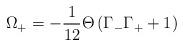
LaTeX: \begin{align*}\Omega_{+} = - {1 \over 12} \Theta \left(\Gamma_{-} \Gamma_{+} +1 \right)\end{align*}